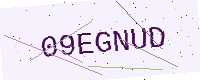
Text: 09EGNUD